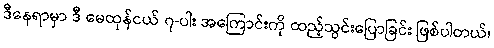
ဒီနေရာမှာ ဒီ မေထုန်ငယ် ၇-ပါး အကြောင်းကို ထည့်သွင်းပြောခြင်း ဖြစ်ပါတယ်၊